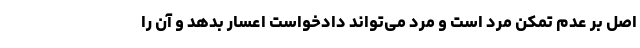
اصل بر عدم تمکن مرد است و مرد می‌تواند دادخواست اعسار بدهد و آن را